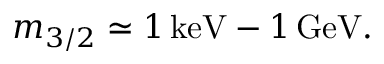
m _ { 3 / 2 } \simeq 1 \, \mathrm { k e V } - 1 \, \mathrm { G e V } .